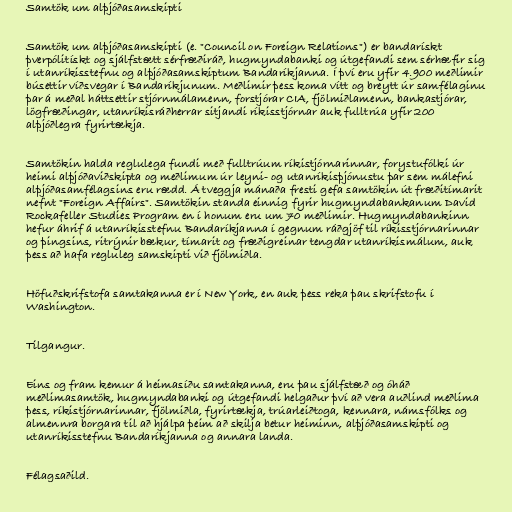
Samtök um alþjóðasamskipti

Samtök um alþjóðasamskipti (e. "Council on Foreign Relations") er bandarískt
þverpólitískt og sjálfstætt sérfræðiráð, hugmyndabanki og útgefandi sem sérhæfir sig
í utanríkisstefnu og alþjóðasamskiptum Bandaríkjanna. Í því eru yfir 4.900 meðlimir
búsettir víðsvegar í Bandaríkjunum. Meðlimir þess koma vítt og breytt úr samfélaginu
þar á meðal háttsettir stjórnmálamenn, forstjórar CIA, fjölmiðlamenn, bankastjórar,
lögfræðingar, utanríkisráðherrar sitjandi ríkisstjórnar auk fulltrúa yfir 200
alþjóðlegra fyrirtækja.

Samtökin halda reglulega fundi með fulltrúum ríkistjórnarinnar, forystufólki úr
heimi alþjóðaviðskipta og meðlimum úr leyni- og utanríkisþjónustu þar sem málefni
alþjóðasamfélagsins eru rædd. Á tveggja mánaða fresti gefa samtökin út fræðitímarit
nefnt "Foreign Affairs". Samtökin standa einnig fyrir hugmyndabankanum David
Rockafeller Studies Program en í honum eru um 70 meðlimir. Hugmyndabankinn
hefur áhrif á utanríkisstefnu Bandaríkjanna í gegnum ráðgjöf til ríkisstjórnarinnar
og þingsins, ritrýnir bækur, tímarit og fræðigreinar tengdar utanríkismálum, auk
þess að hafa regluleg samskipti við fjölmiðla.

Höfuðskrifstofa samtakanna er í New York, en auk þess reka þau skrifstofu í
Washington.

Tilgangur.

Eins og fram kemur á heimasíðu samtakanna, eru þau sjálfstæð og óháð
meðlimasamtök, hugmyndabanki og útgefandi helgaður því að vera auðlind meðlima
þess, ríkistjórnarinnar, fjölmiðla, fyrirtækja, trúarleiðtoga, kennara, námsfólks og
almennra borgara til að hjálpa þeim að skilja betur heiminn, alþjóðasamskipti og
utanríkisstefnu Bandaríkjanna og annara landa.

Félagsaðild.